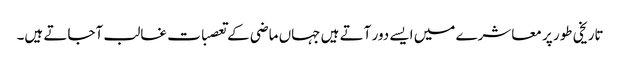
تاریخی طور پر معاشرے میں ایسے دور آتے ہیں جہاں ماضی کے تعصبات غالب آجاتے ہیں۔